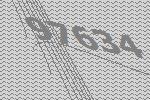
97634